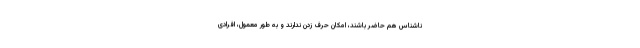
ناشناس هم حاضر باشند، امکان حرف زدن ندارند و به طور معمول، افرادی